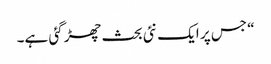
“ جس پر ایک نئی بحث چھڑ گئی ہے۔